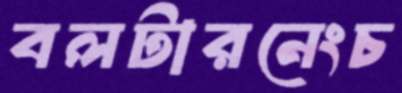
বলটারনেংচ